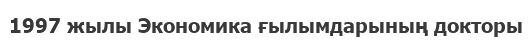
1997 жылы Экономика ғылымдарының докторы